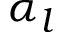
\alpha _ { l }